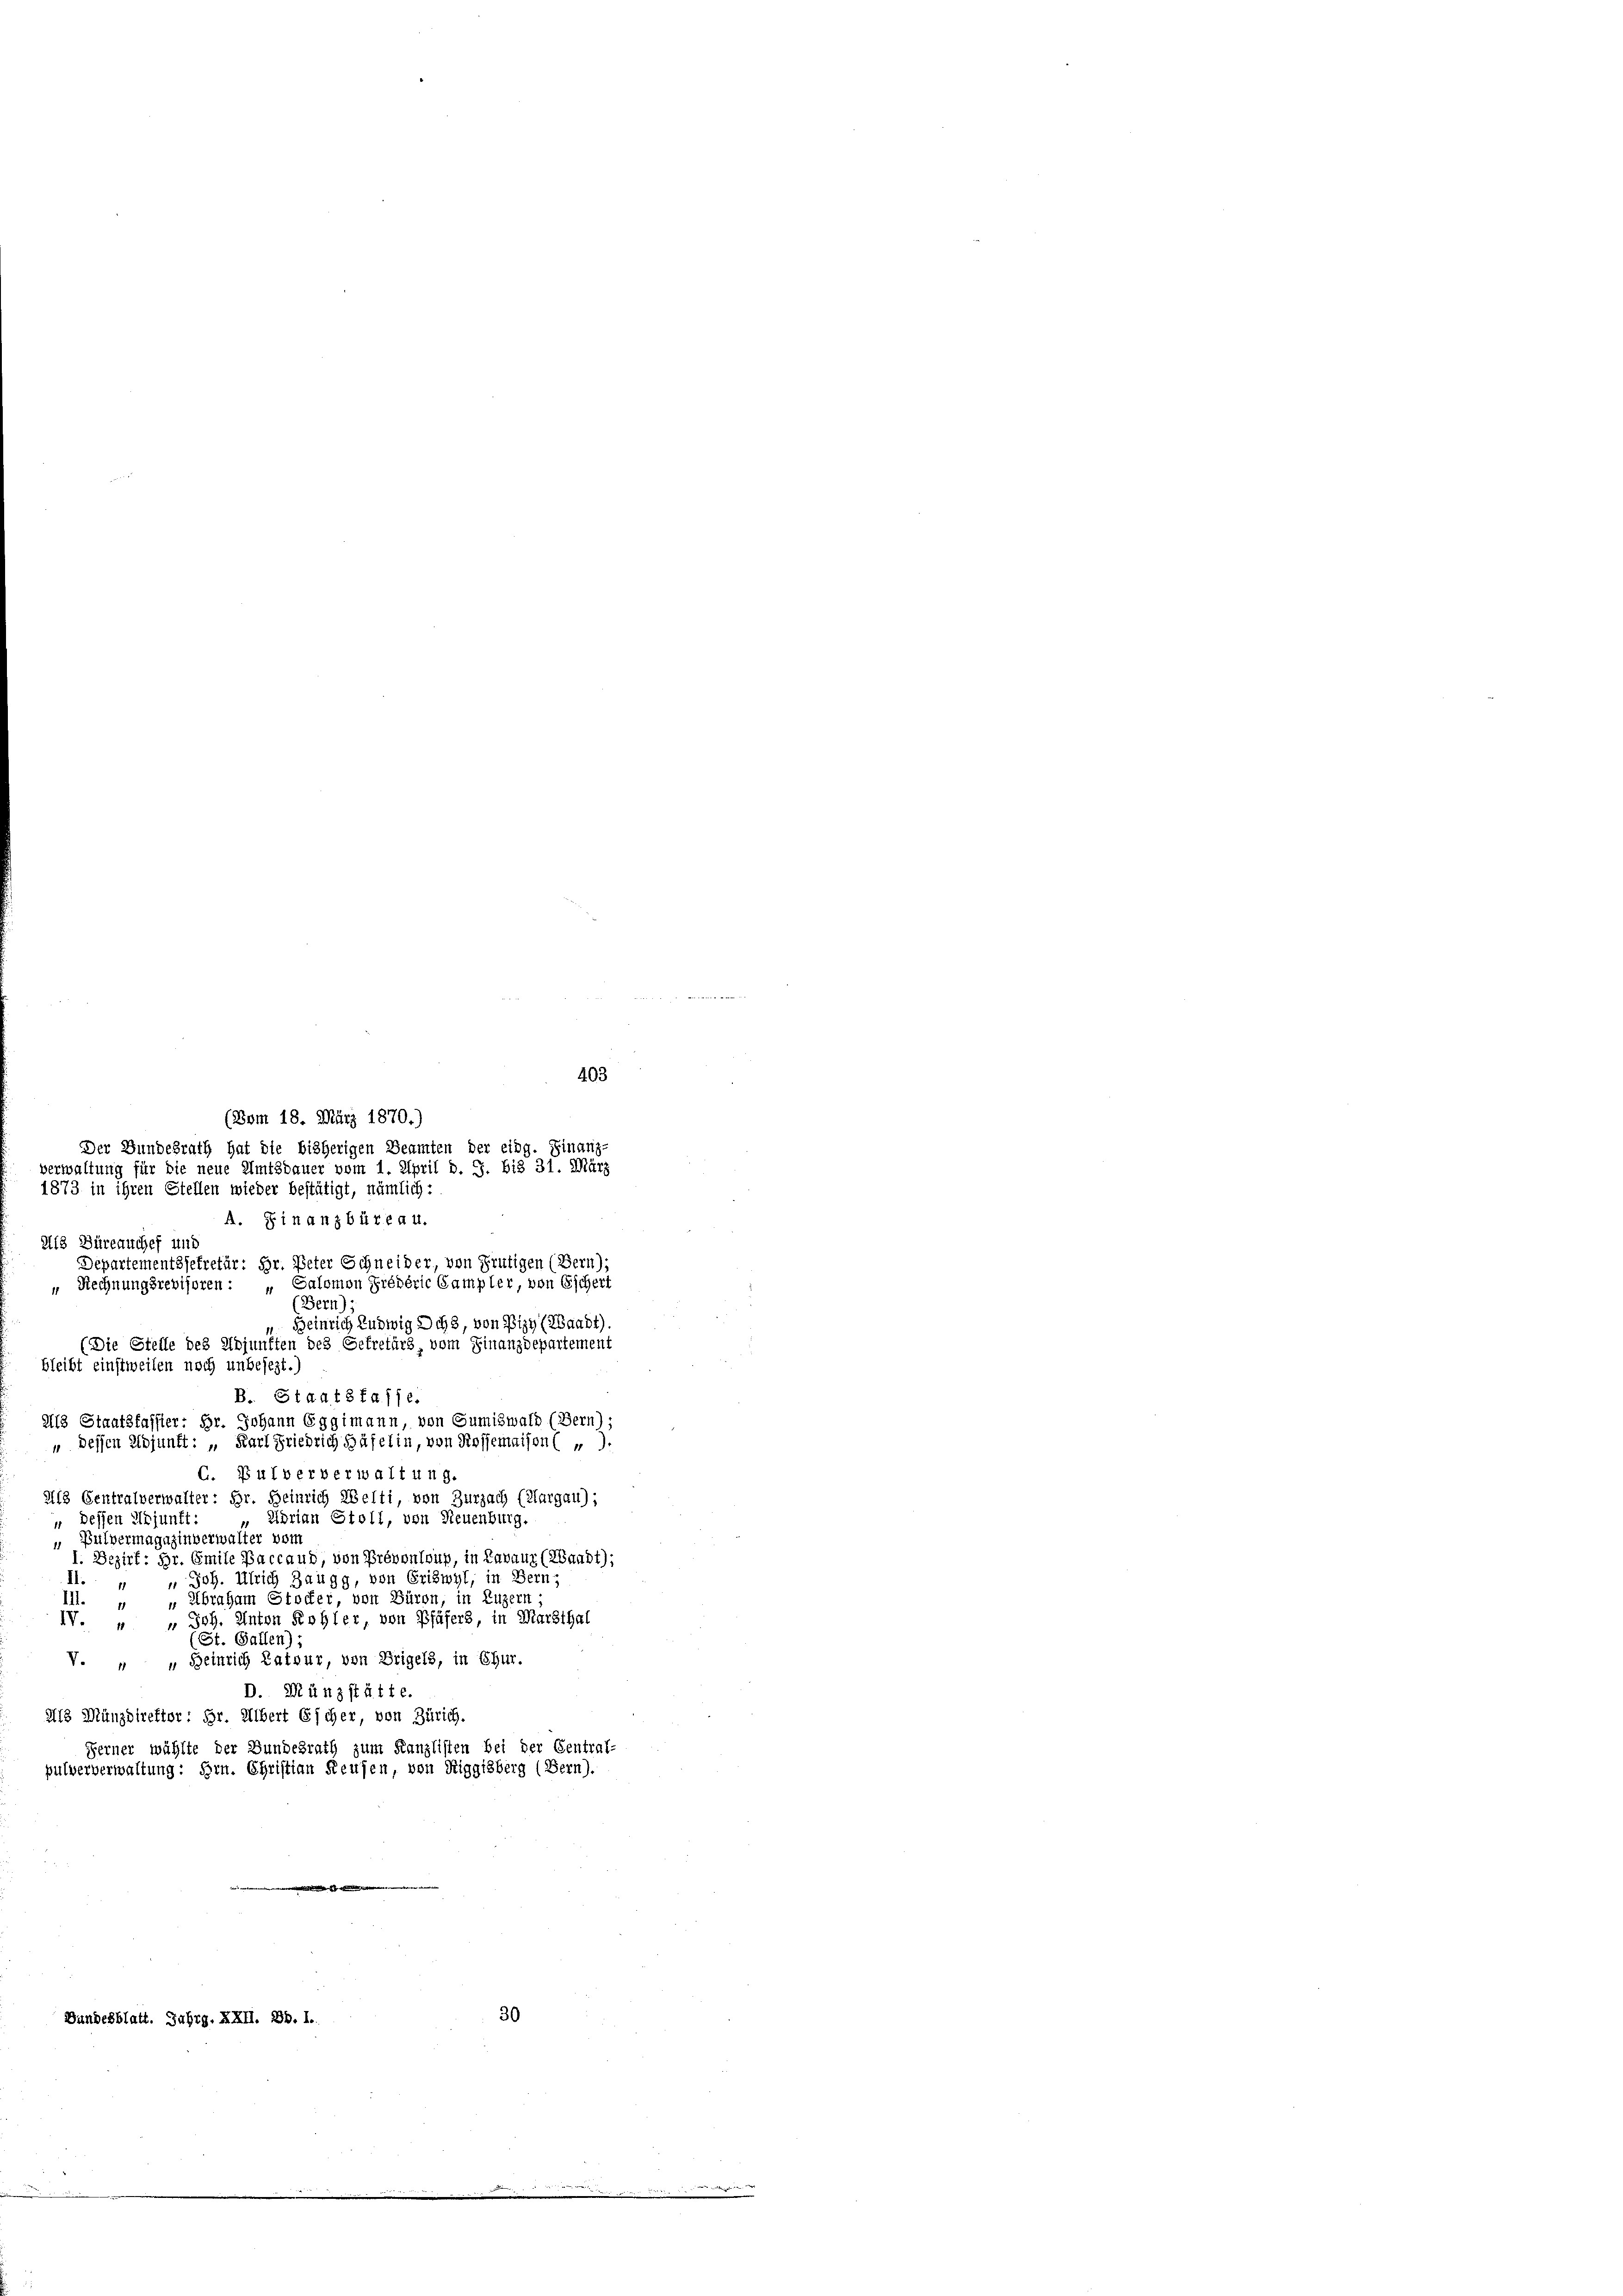
403
(Bom 18. März 1870.)
Der Bundesrath hat die bisherigen Beamten der eidg. Finar
verwaltung für die neue Amtsdauer vom 1. April d. J. bis 31. März
1873 in ihren Stellen wieder bestätigt, nämlich:
A. Finanzbüreau
Als Büreauches und
Departementssekretär: Hr. Peter Schneider, von Frutigen (Bern),
Rechnungsrevisoren : „Salomon Prévéric Campler, von Eschert
(Bern)
Heinrich Ludwig Dch3, von Pizy (Waadt).
Die Stelle des Adjunften des Gefretärs, vom Finanzdepartement
bleibt einstweilen noch unbesezt.)
B. Stadt 8 ff. 1/6.
2113 Staatsfassier: Hr. Johann Eggimann, von Gumiswald (Bern);
" dessen Adjunft: „Karl Friedrich Häfelin, von Rossemaison ( „ ).
C. Pulververwaltung.
218 Centralverwalter: Hr. Heinrich Welti, von Zurzach (Klargau);
Adrian Stoll, von Neuenburg.
„ Dessen Adjunft:
 Pulvermagazinverwalter von
I. Bezirf: Hr. Emite Baccaud, von Prévontoup, in Lavauz (Waadt):
 Joh. Ulrich Zaugg, von Eriswyl, in Bern,
M.
Ill. „ „Abraham Stocker von Büron, in Luzern;
IV. " " Joh. Anton Kohler, von Pfäfers, in Marthal
(St. Gallen);
 Beinrich Zatour, von Erigels, in Chur.
V.
D. Münzstätte.
Als Münzdirektor : Hr. Albert Escher, von Zürich.
Ferner wählte der Bundesrath zum Kanzlisten bei der Central-
pulververwaltung: Hrn. Christian Reusen, von Riggisberg (Bern).
d

Bundesblatt. Jahrg. XXII. Bd. I.

30